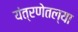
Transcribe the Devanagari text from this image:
यंत्रणेतल्या